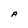
Character: A